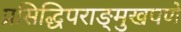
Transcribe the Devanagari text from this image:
प्रसिद्धिपराङ्‌मुखपणे